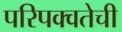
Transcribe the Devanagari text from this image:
परिपक्वतेची